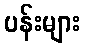
ပန်းများ